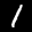
Label: 1